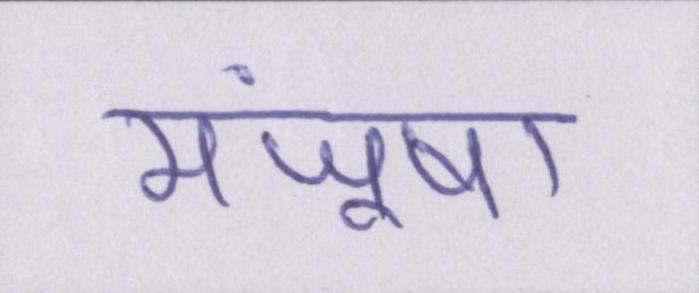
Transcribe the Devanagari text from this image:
मंजूषा